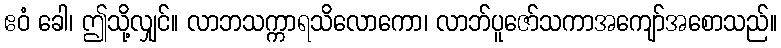
ဧဝံ ခေါ၊ ဤသို့လျှင်။ လာဘသက္ကာရသိလောကော၊ လာဘ်ပူဇော်သကာအကျော်အစောသည်။